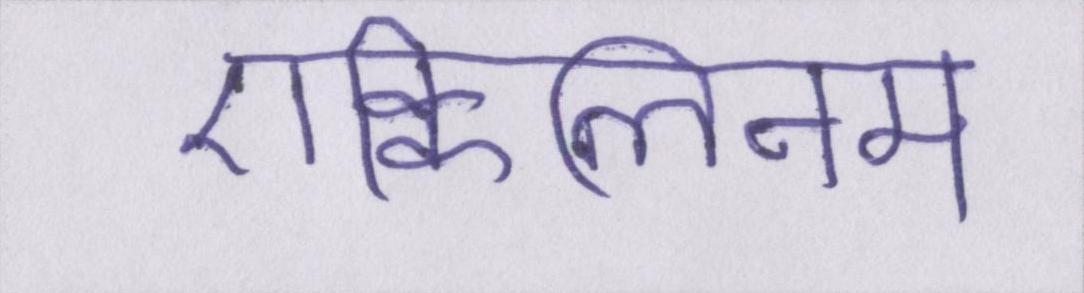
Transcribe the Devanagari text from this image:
एक्विलिनम